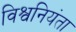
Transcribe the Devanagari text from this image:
विश्वनियंता